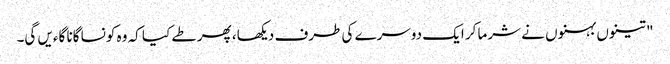
" تینوں بہنوں نے شرما کر ایک دوسرے کی طرف دیکھا، پھر طے کیا کہ وہ کونسا گانا گاءیں گی۔